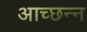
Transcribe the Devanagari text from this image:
आच्छन्‍न